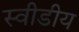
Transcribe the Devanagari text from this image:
स्वीडीय